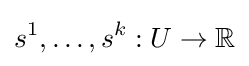
s^{1},\dots ,s^{k}:U\to \mathbb {R}